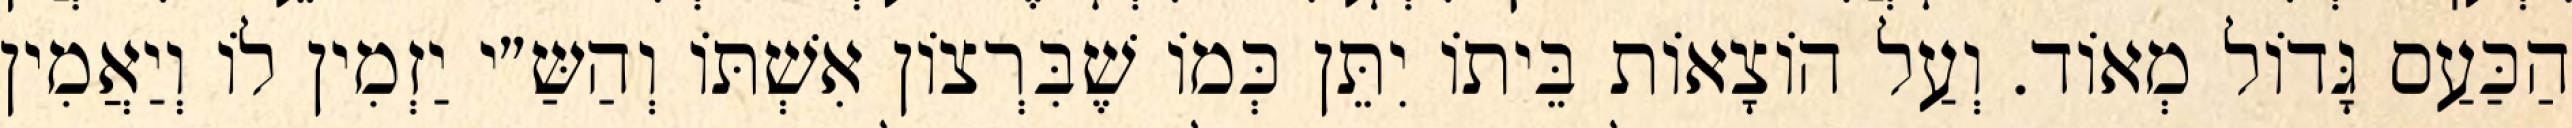
הַכַּעַס גָּדוֹל מְאוֹד. וְעַל הוֹצָאוֹת בֵּיתוֹ יִתֵּן כְּמוֹ שֶׁבִּרְצוֹן אִשְׁתּוֹ וְהַשַּ״י יַזְמִין לוֹ וְיַאֲמִין